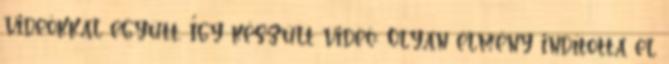
videókkal együtt. Így készült videó: Olyan élmény indította el